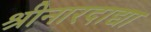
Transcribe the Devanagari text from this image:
श्रीनारदाद्या